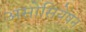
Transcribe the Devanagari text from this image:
असोसियेषन